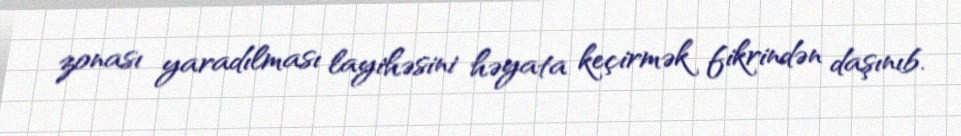
zonası yaradılması layihəsini həyata keçirmək fikrindən daşınıb.